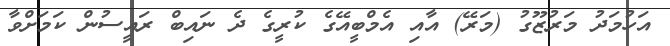
އަހުމަދު މަރުޒޫގު (މަރޭ) އާއި އެމްބީއޭގެ ކުރީގެ ދެ ނައިބް ރައީސުން ކަމަށްވާ